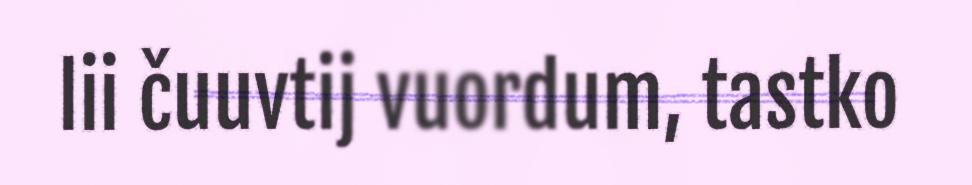
lii čuuvtij vuordum, tastko